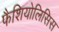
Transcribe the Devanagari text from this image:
फैशियोलिसिस